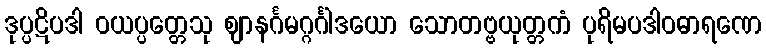
ဒုပ္ပဋိပဒါ ဝယပ္ပတ္တေသု ဈာနင်္ဂမဂ္ဂင်္ဂါဒယော သောတဗ္ဗယုတ္တကံ ပုရိမပဒါဝဓာရဏေ